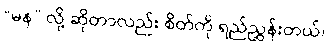
“မန” လို့ ဆိုတာလည်း စိတ်ကို ရည်ညွှန်းတယ်၊